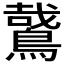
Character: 𪃘